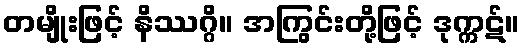
တမျိုးဖြင့် နိဿဂ္ဂိ။ အကြွင်းတို့ဖြင့် ဒုက္ကဋ်။